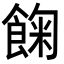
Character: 𩛺